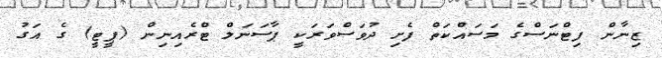
ޒިނާން ފިޓްނަސްގެ މަސައްކަތް ފެށި ދުވަސްވަރަކީ ޕާސަނަލް ޓްރެއިނިން (ޕީޓީ) ގެ އަގު